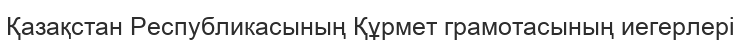
Қазақстан Республикасының Құрмет грамотасының иегерлері